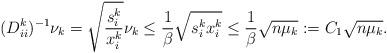
LaTeX: \begin{align*}(D^{k}_{ii})^{-1} \nu_k = \sqrt{\frac{s_i^k}{x_i^k}} \nu_k \le \frac{1}{\beta} \sqrt{s_i^k x_i^k} \le \frac{1}{\beta} \sqrt{n \mu_k} :=C_1 \sqrt{n \mu_k}. \end{align*}